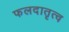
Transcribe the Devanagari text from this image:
फलदातृत्व